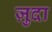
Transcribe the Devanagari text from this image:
ज़ुदा